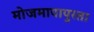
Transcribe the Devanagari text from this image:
मोजमापापुरता